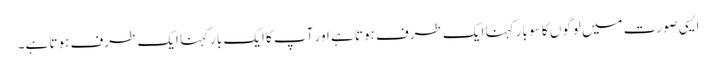
ایسی صورت میں لوگوں کا سو بار کہنا ایک طرف ہوتا ہے اور آپ کا ایک بارکہنا ایک طرف ہوتا ہے۔